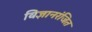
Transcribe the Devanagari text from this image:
विज्ञानरंजित